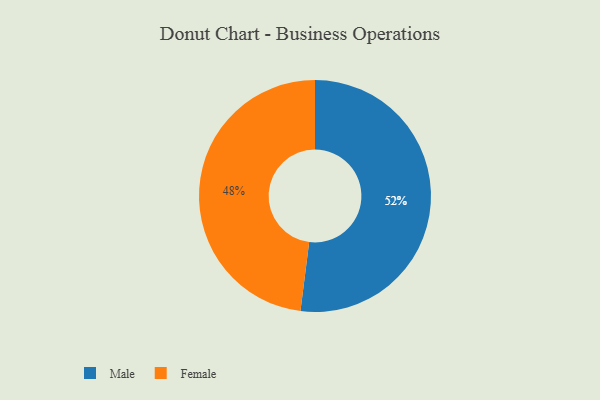
{"axis": {"x": "Category", "y": "Percentage"}, "legend": ["Female", "Male"], "data": [{"x": "Male", "y": 52, "type": "Male"}, {"x": "Female", "y": 48, "type": "Female"}]}